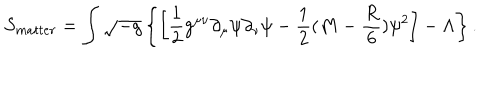
S _ { m a t t e r } = \int \sqrt { - g } \left\{ \left[ { \frac { 1 } { 2 } } g ^ { \mu \nu } \partial _ { \mu } \psi \partial _ { \nu } \psi - { \frac { 1 } { 2 } } ( M - { \frac { R } { 6 } } ) \psi ^ { 2 } \right] - \Lambda \right\} .